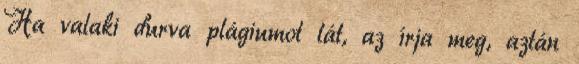
Ha valaki durva plágiumot lát, az írja meg, aztán